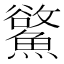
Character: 𩻇